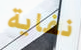
نفاية